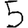
Digit: 5